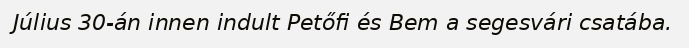
Július 30-án innen indult Petőfi és Bem a segesvári csatába.